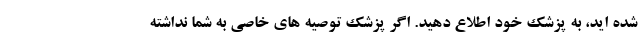
شده اید، به پزشک خود اطلاع دهید. اگر پزشک توصیه های خاصی به شما نداشته